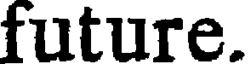
future.